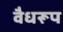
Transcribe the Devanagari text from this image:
वैधरूप